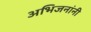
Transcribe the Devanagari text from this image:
अभिजनांनी